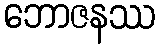
ဘောဇနဿ